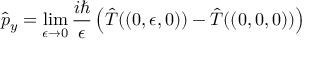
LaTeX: { \hat { p } } _ { y } = \operatorname* { l i m } _ { \epsilon \rightarrow 0 } { \frac { i \hbar } { \epsilon } } \left( { \hat { T } } ( ( 0 , \epsilon , 0 ) ) - { \hat { T } } ( ( 0 , 0 , 0 ) ) \right)